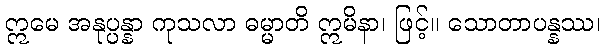
ဣမေ အနုပ္ပန္နာ ကုသလာ ဓမ္မာတိ ဣမိနာ၊ ဖြင့်။ သောတာပန္နဿ၊